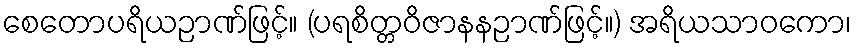
စေတောပရိယဉာဏ်ဖြင့်။ (ပရစိတ္တဝိဇာနနဉာဏ်ဖြင့်။) အရိယသာဝကော၊